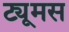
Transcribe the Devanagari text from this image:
ट्यूमस